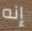
إنه